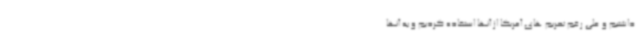
داشتیم و علی رغم تحریم های آمریکا از آنها استفاده کردیم و به آنها